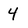
Character: 4